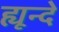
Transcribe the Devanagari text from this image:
ह्यून्दे